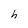
Character: h